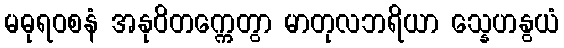
မဓုရဝစနံ အနုဝိတက္ကေတွာ မာတုလဘရိယာ သ္နေဟနွယံ